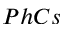
P h C s